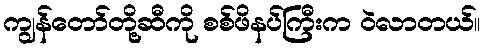
ကျွန်တော်တို့ဆီကို စစ်ဖိနပ်ကြီးက ဝဲလာတယ်။